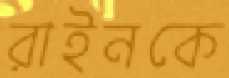
রাইনকে